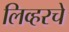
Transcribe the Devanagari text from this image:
लिव्हरचे